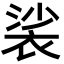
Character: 裟